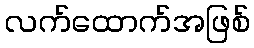
လက်ထောက်အဖြစ်